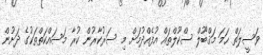
ވަސީލަތް ހަމަ މަޤްބޫލް ސްކޫލްތައް އުފެއްދުމަށް މި ސަރުކާރުން ކުރާ މަސައްކަތްތަކުގެ ދަށުން